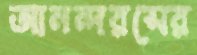
আনন্দরসের